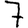
Digit: 7